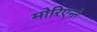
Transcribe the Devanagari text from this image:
मोरिएन्ते